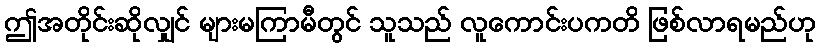
ဤအတိုင်းဆိုလျှင် များမကြာမီတွင် သူသည် လူကောင်းပကတိ ဖြစ်လာရမည်ဟု